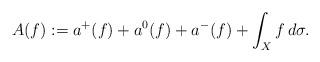
LaTeX: \begin{align*}A(f):=a^+(f)+ a^0(f)+a^-(f)+\int_X f\,d \sigma. \end{align*}